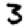
Digit: 3